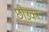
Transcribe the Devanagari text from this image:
छोउकर